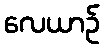
လေယာဉ်